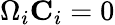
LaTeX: \Omega_{i}{\mathbf C}_{i}=0